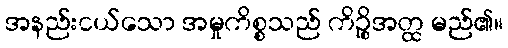
အနည်းငယ်သော အမှုကိစ္စသည် ကိဉ္စိအတ္ထ မည်၏။